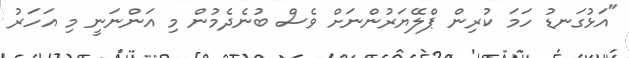
"އަޅުގަނޑު ހަމަ ކުރިން ޕްލޭޔަރުންނަށް ވެސް ބުނެދެމުން މި އަންނަނީ މި އަހަރު